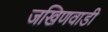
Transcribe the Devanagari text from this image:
जखिणवाडी